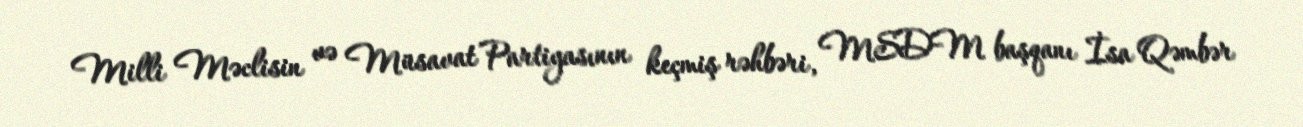
Milli Məclisin və Müsavat Partiyasının keçmiş rəhbəri, MSDM başqanı İsa Qəmbər